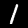
Digit: 1